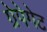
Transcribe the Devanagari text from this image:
ग्रेपेगेट